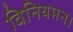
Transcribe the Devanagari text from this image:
विनियमन।